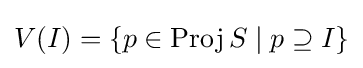
V(I)=\{p\in \operatorname {Proj} S\mid p\supseteq I\}